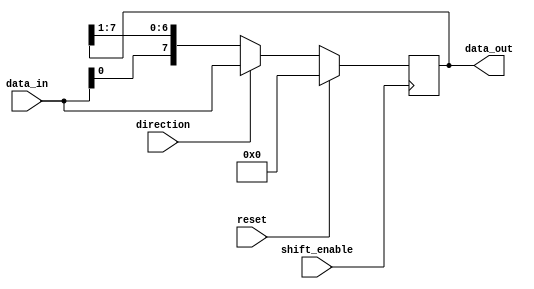
module bidirectional_shift_register (
    input [7:0] data_in,
    input direction,
    input shift_enable,
    input reset,
    output reg [7:0] data_out
);

reg [7:0] reg_data;

always @ (posedge shift_enable)
begin
    if (reset)
        reg_data <= 8'b0;
    else if (direction)
        reg_data <= {reg_data[6:0], data_in};
    else
        reg_data <= {data_in, reg_data[7:1]};
end

assign data_out = reg_data;

endmodule